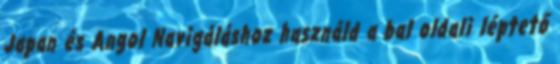
Japan és Angol Navigáláshoz használd a bal oldali léptető